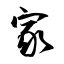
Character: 家